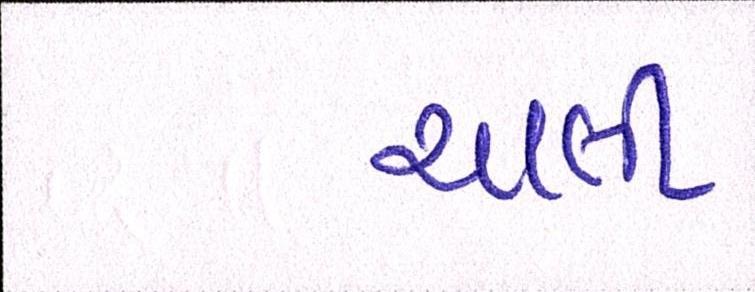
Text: ચાલી